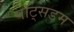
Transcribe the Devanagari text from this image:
पॉट्सडम